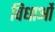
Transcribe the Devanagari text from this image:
विधाओं